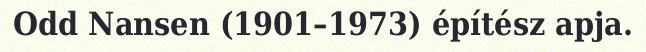
Odd Nansen (1901–1973) építész apja.